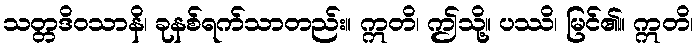
သတ္တဒိဝသာနိ၊ ခုနစ်ရက်သာတည်း။ ဣတိ၊ ဤသို့။ ပဿိ၊ မြင်၏။ ဣတိ၊